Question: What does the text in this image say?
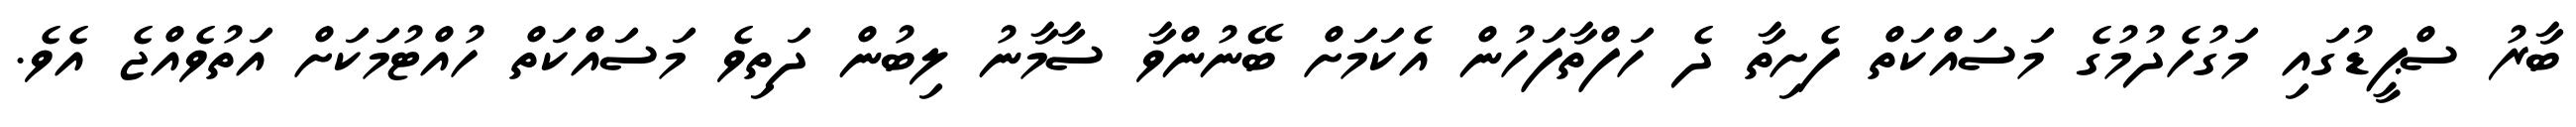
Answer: ބާރު ސްޕީޑުގައި މަގުހެދުމުގެ މަސައްކަތް ފެށިތާ ދެ ހަފްތާފަހުން އެކަމަށް ބޭނުންވާ ސާމާނު ލިބުން ދަތިވެ މަސައްކަތް ހުއްޓުމަކަށް އަތުވެއްޖެ އެވެ.